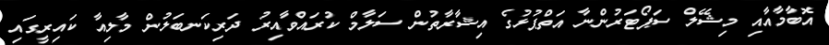
އޮބާމާއާއި މިޝޭލް ސަޕޯޓަރުންނާ އަތްޕުޅުގެ އިޝާރާތުން ސަލާމް ކުރައްވާއިރު ދަރިކަނބަލުން މާލިއާ ކައިރީގައި